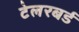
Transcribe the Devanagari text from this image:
टेलरबर्ड